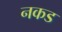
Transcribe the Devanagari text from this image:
नकड